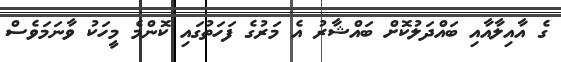
ގެ އާއިލާއާއި ބައްދަލުކޮށް ބައްޝާރު އެ މަރުގެ ފަހަތުގައި ކޮންމެ މީހަކު ވާނަމަވެސް